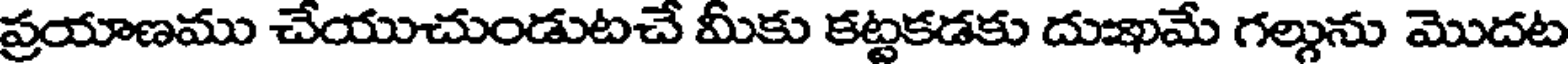
ప్రయాణము చేయుచుండుటచే మీకు కట్టకడకు దుఖమే గల్గును మొదట